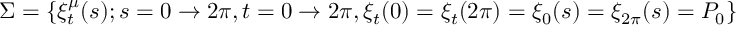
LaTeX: \Sigma = \{ \xi _ { t } ^ { \mu } ( s ) ; s = 0 \rightarrow 2 \pi , t = 0 \rightarrow 2 \pi , \xi _ { t } ( 0 ) = \xi _ { t } ( 2 \pi ) = \xi _ { 0 } ( s ) = \xi _ { 2 \pi } ( s ) = P _ { 0 } \}